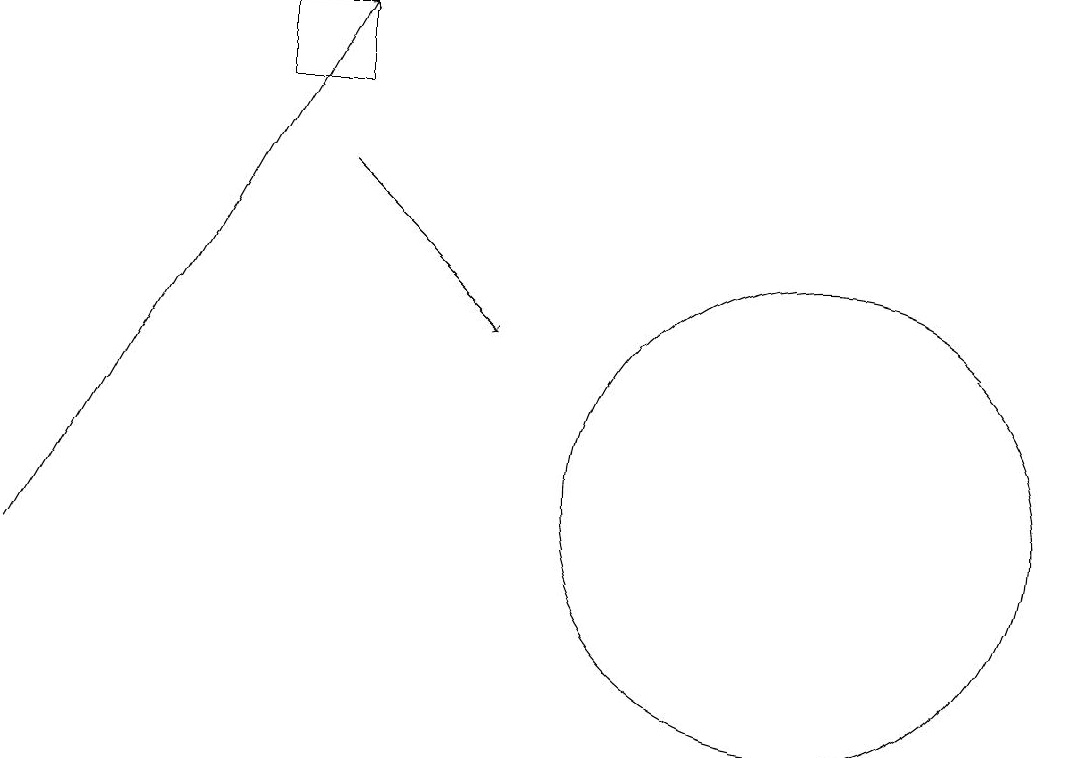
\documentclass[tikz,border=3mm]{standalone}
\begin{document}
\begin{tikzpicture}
\draw[->] (5,16) -- (7,14);
\draw[->] (1,11) -- (5,18);
\draw (5,17) rectangle (4,18);
\draw (11,12) circle (3);
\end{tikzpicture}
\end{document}